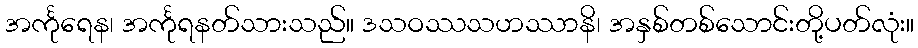
အင်္ကုရေန၊ အင်္ကုရနတ်သားသည်။ ဒသဝဿသဟဿာနိ၊ အနှစ်တစ်သောင်းတို့ပတ်လုံး။